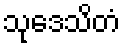
သုဒေသိတံ